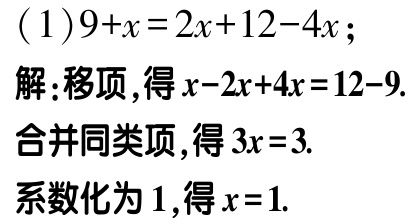
\((1)9 + x = 2x + 12 - 4x;\)
解:移项,得\(x - 2x + 4x = 12 - 9.\)
合并同类项,得\(3x = 3.\)
系数化为\(1\),得\(x = 1.\)